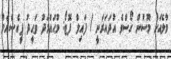
މާލެއަށް މޫސުން ގޯސްވެ އުދައަރަނީ / ފައިލް ފޮޓޯ: މުޙައްމަދު ވަޙީދު ޕީއެސްއެމް